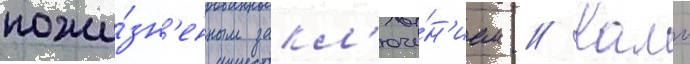
пожи́зн'енным закл'юче́н'ием // Камо